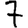
Digit: 7